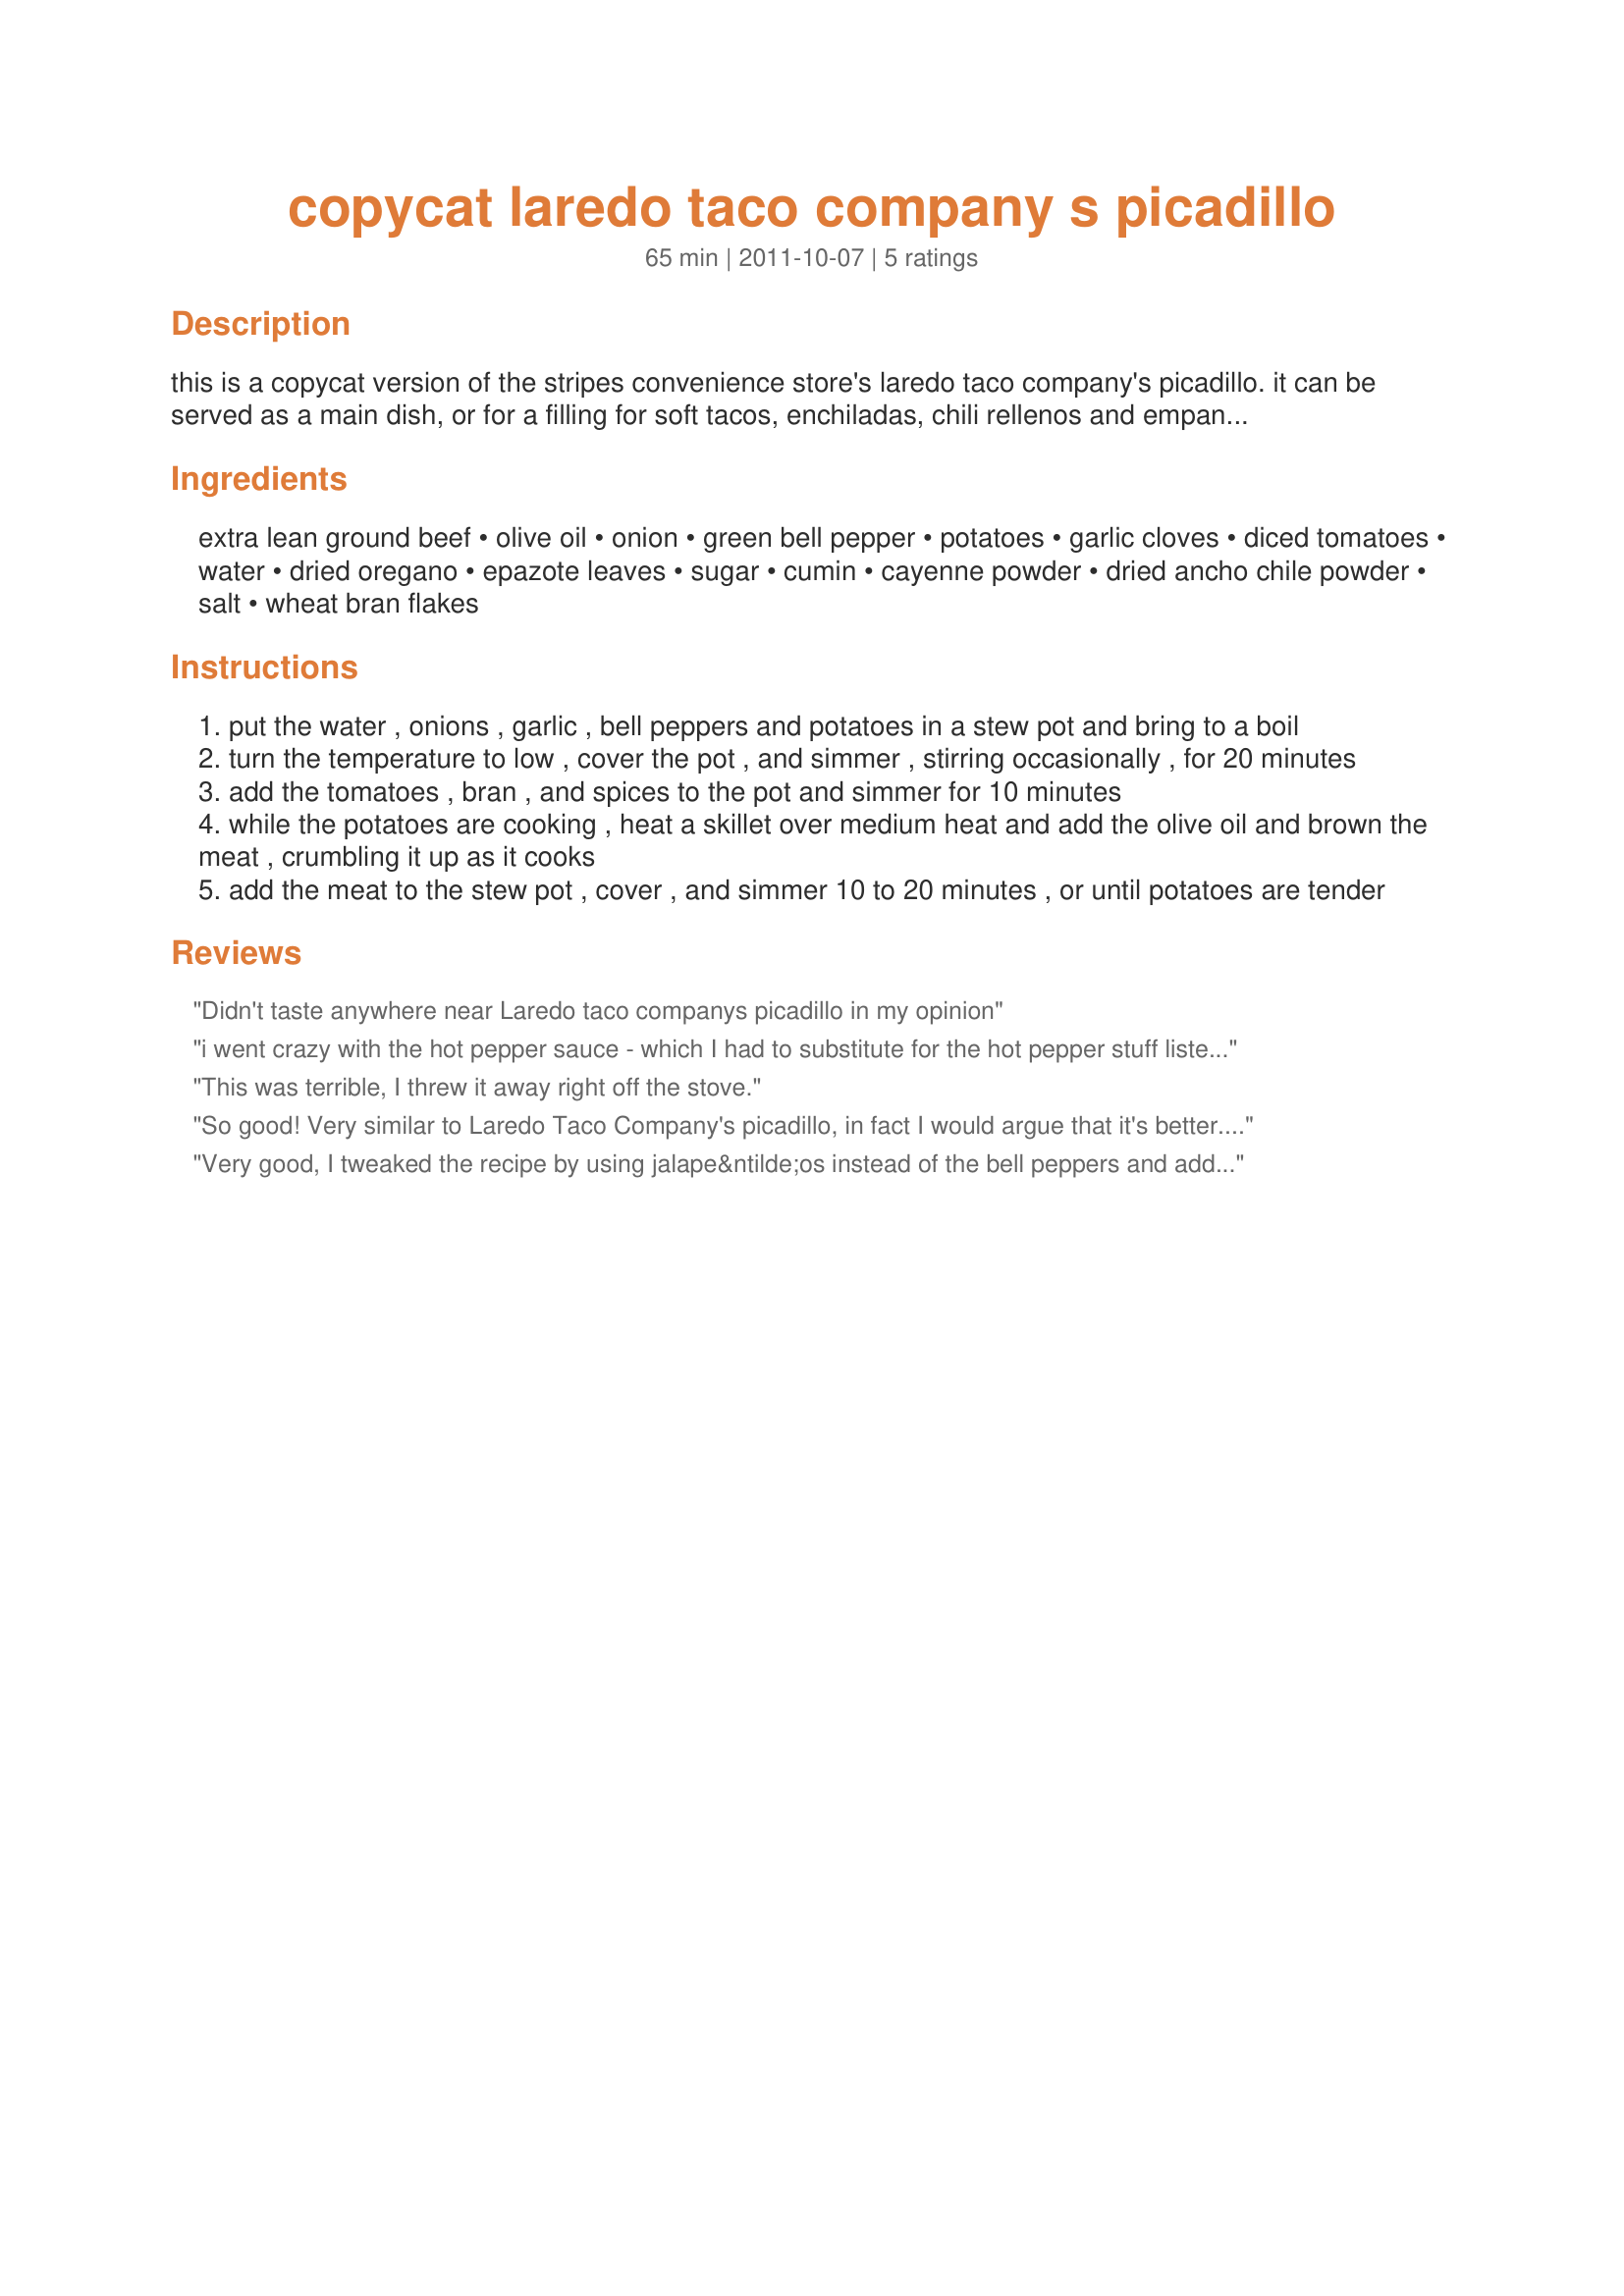
copycat laredo taco company s picadillo
Preparation time: 65 minutes

this is a copycat version of the stripes convenience store's laredo taco company's picadillo. it can be served as a main dish, or for a filling for soft tacos, enchiladas, chili rellenos and empanadas. stripes is a convenience store in the southern states, similar to 7-11 stores. laredo taco company is the name of the in-store mexican cafe located in a majority of the stripes stores.

Ingredients:
extra lean ground beef, olive oil, onion, green bell pepper, potatoes, garlic cloves, diced tomatoes, water, dried oregano, epazote leaves, sugar, cumin, cayenne powder, dried ancho chile powder, salt, wheat bran flakes

Steps:
put the water , onions , garlic , bell peppers and potatoes in a stew pot and bring to a boil
turn the temperature to low , cover the pot , and simmer , stirring occasionally , for 20 minutes
add the tomatoes , bran , and spices to the pot and simmer for 10 minutes
while the potatoes are cooking , heat a skillet over medium heat and add the olive oil and brown the meat , crumbling it up as it cooks
add the meat to the stew pot , cover , and simmer 10 to 20 minutes , or until potatoes are tender

Reviews:
Didn't taste anywhere near Laredo taco companys picadillo in my opinion
i went crazy with the hot pepper sauce - which I had to substitute for the hot pepper stuff listed. So, it was way too hot for me, but my DH loved it and gave it 5 stars. I like the combination of ingredients and will make it again and adjust the heat. Oh, I have no idea what Laredo Taco Company is, so that wasn't my motivation for trying, nor can I make any comparison to the original! made for PAC Spring 2012
This was terrible, I threw it away right off the stove.
So good! Very similar to Laredo Taco Company's picadillo, in fact I would argue that it's better. I will definitely be making this again.
Very good, I tweaked the recipe by using jalape&ntilde;os instead of the bell peppers and added some powdered Chile &aacute;rbol, I also used powdered oregano.
